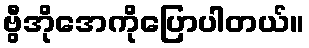
ဗွီအိုအေကိုပြောပါတယ်။